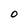
Character: 0